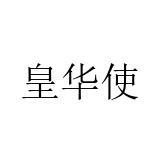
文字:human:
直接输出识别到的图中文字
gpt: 皇华使